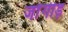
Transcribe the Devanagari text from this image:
जाँगीड़